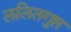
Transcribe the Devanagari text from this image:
ललितगुप्त